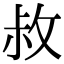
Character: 𭣬